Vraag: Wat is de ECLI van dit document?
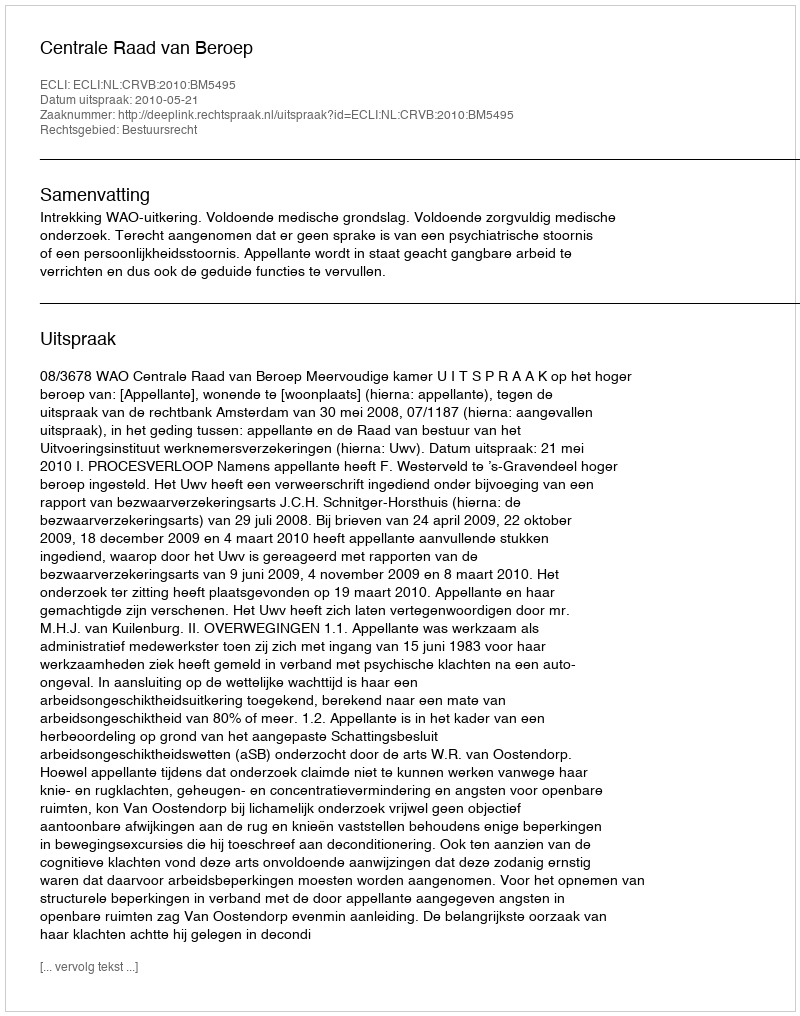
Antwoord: ECLI:NL:CRVB:2010:BM5495